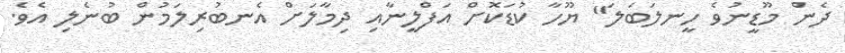
ދެން މޫޑީނުވެ ހީނލަބަލަ" ޔޫހާ ކުޑަކޮށް އަފްލީނާއި ދިމާލަށް އެނބުރިލަމުން ބުނެލި އެވެ.